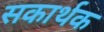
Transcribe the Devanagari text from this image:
सकार्थक